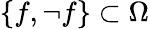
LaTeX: \{ f,\lnot f\} \subset\Omega